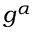
g ^ { \alpha }